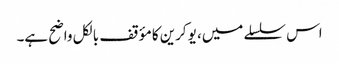
اس سلسلے میں، یوکرین کا مؤقف بالکل واضح ہے۔